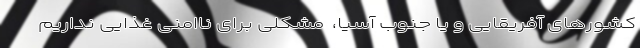
کشورهای آفریقایی و یا جنوب آسیا، ‌ مشکلی برای ناامنی غذایی نداریم